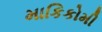
માકિકોમી